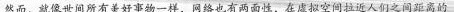
然而，就像世间所有美好事物一样，网络也有两面性，在虚拟空间拉近人们之间距离的